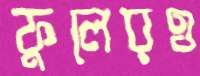
ফুলেরও